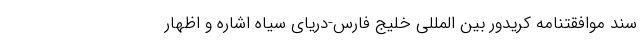
سند موافقتنامه کریدور بین المللی خلیج فارس-دریای سیاه اشاره و اظهار